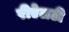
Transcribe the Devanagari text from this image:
रीऐलटी